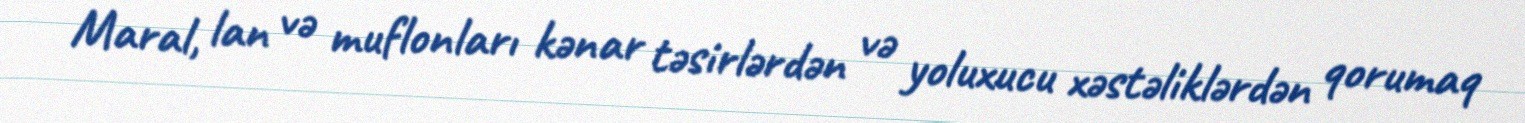
Maral, lan və muflonları kənar təsirlərdən və yoluxucu xəstəliklərdən qorumaq